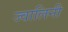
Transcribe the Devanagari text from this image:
ज्वालिनी